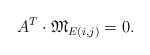
\begin{align*}A^T \cdot \mathfrak{M}_{E(i,j)} = 0.\end{align*}